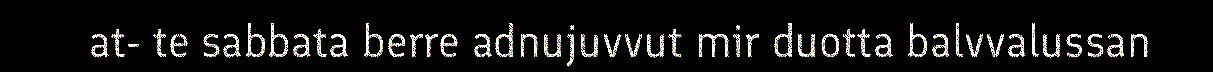
at- te sabbata berre adnujuvvut mir duotta balvvalussan